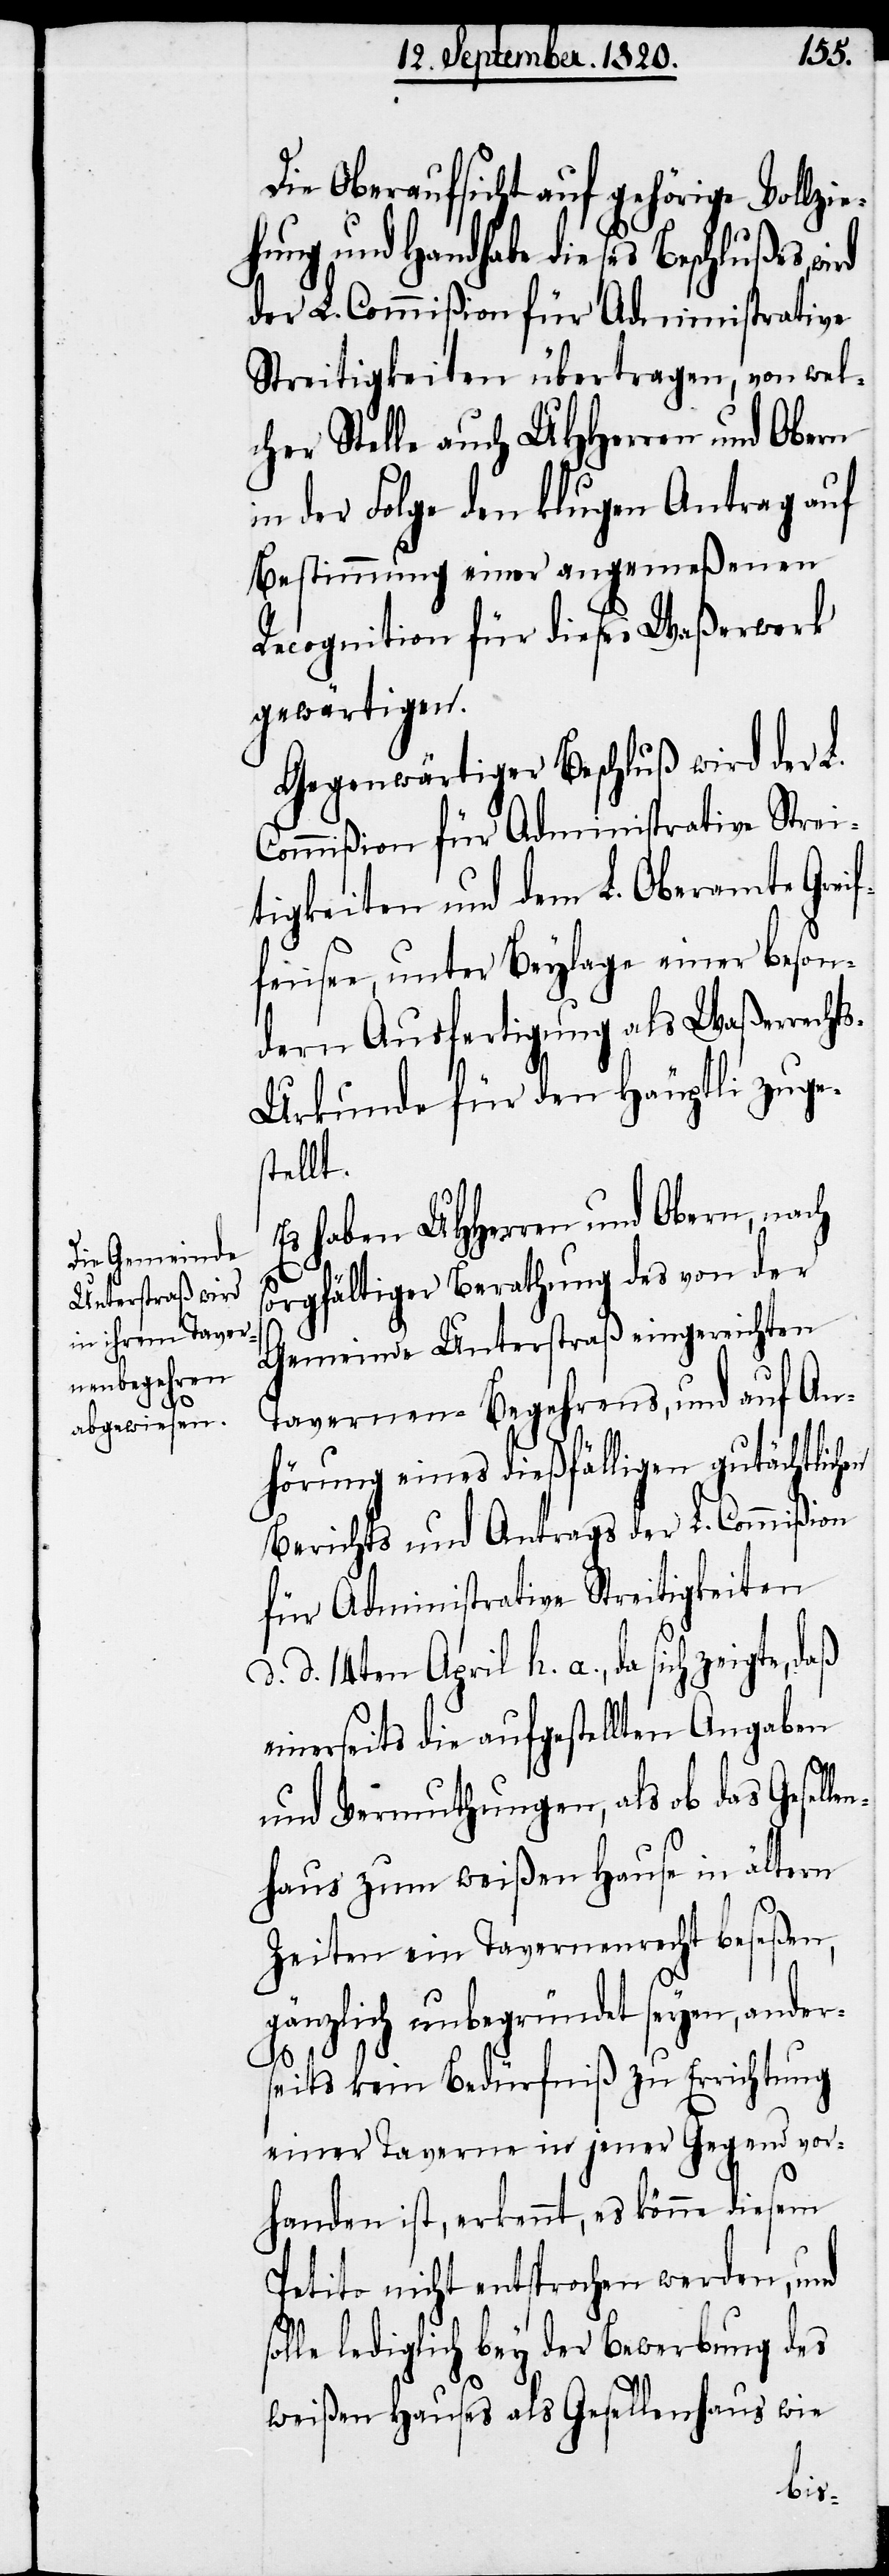
r¬

Die Oberaufsicht auf gehörige Vollzie¬
hung und Handhabe dieses Beschlußes wird
der L. Commißion für Administrative
Streitigkeiten übertragen, von wel¬
cher Stelle auch UHherren und Obern
in der Folge den klugen Antrag auf
Bestimmung einer angemeßenen
Recognition für dieses Waßerwerk
gewärtigen.
Gegenwärtiger Beschluß wird der L.
Commißion für Administrative Strei¬
tigkeiten und dem L. Oberamte Gr¬
fensee, unter Beylage einer beson¬
dern Ausfertigung als Waßerrecht¬
s-Urkunde für den Häuptli zuge¬
stellt.
Es haben UHHerren und Obern, nach
sorgfältiger Berathung des von der
Gemeinde Unterstraß eingereichten
Taverne-Begehrens, und auf An¬
hörung eines dießfälligen gutächtlic¬
Berichts und Antrags der L. Commißion
für Administrative Streitigkeiten
d. d. 14ten April h. a., da sich zeigte,
einerseits die aufgestellten Angaben
und Vermuthungen, als ob das Gesell¬
enhaus zum weißen Hause in ältern
Zeiten ein Tavernenrecht befaßen,
gänzlich unbegründet seyen, ande¬
seits kein Bedürfniß zu Errichtung
einer Taverne in jener Gegend vor¬
handen ist, erkennt, es könne diesem
Petito nicht entsprochen werden, und
lediglich bey der Bewerbung des
weißen Hauses als Gesellenhaus wie
eif¬